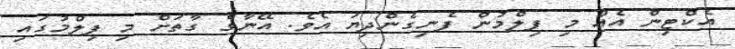
އެކްޓިން އެއް މި ފިލްމުން ފެނިގެންދިޔަ އެވެ. އޭނާގެ ގާތަށް މި ފިލްމުގައި